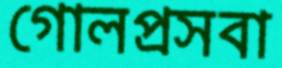
গোলপ্রসবা